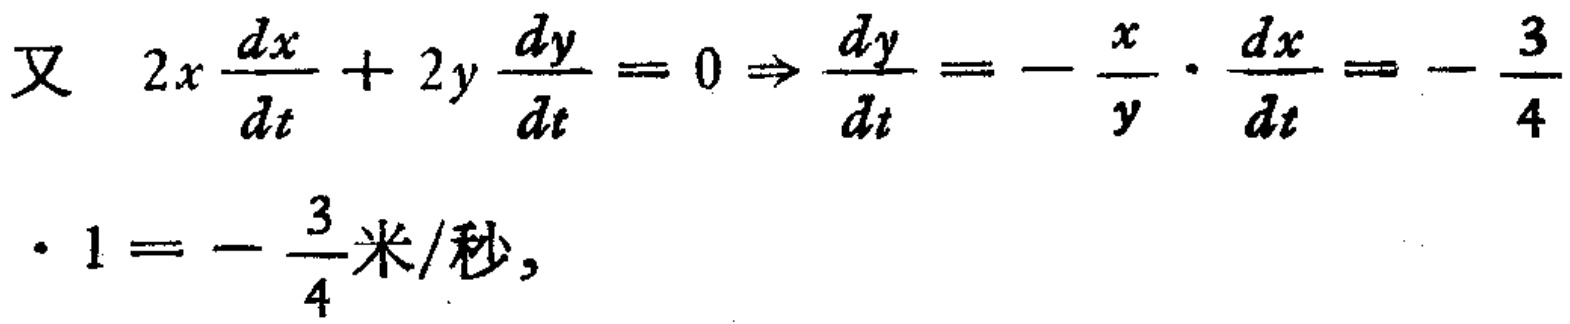
\[
\begin{align*}
\text{又}\quad 2x\frac{dx}{dt}+2y\frac{dy}{dt}&= 0\Rightarrow\frac{dy}{dt}=-\frac{x}{y}\cdot\frac{dx}{dt}=-\frac{3}{4}\\
\cdot 1&=-\frac{3}{4}\text{米/秒},
\end{align*}
\]